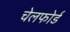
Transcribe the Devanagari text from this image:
चेलफोर्ड